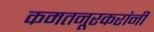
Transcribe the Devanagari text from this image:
कमतनूरकरांनी